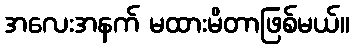
အလေးအနက် မထားမိတာဖြစ်မယ်။